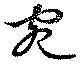
宛